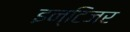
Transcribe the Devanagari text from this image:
इन्टिजर